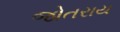
જોતરાય